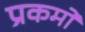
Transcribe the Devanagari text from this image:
प्रकमों